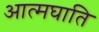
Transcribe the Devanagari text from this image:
आत्मघाति